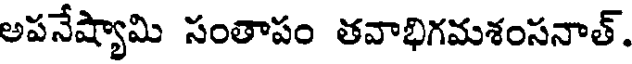
అపనేష్యామి సంతాపం తవాభిగమశంసనాత్.